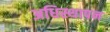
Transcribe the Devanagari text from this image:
अधिस्थापन